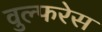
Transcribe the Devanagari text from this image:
वुल्फरेस